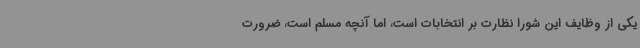
یکی از وظایف این شورا نظارت بر انتخابات است، اما آنچه مسلم است، ضرورت